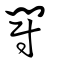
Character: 鬬